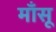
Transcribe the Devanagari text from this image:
माँसू